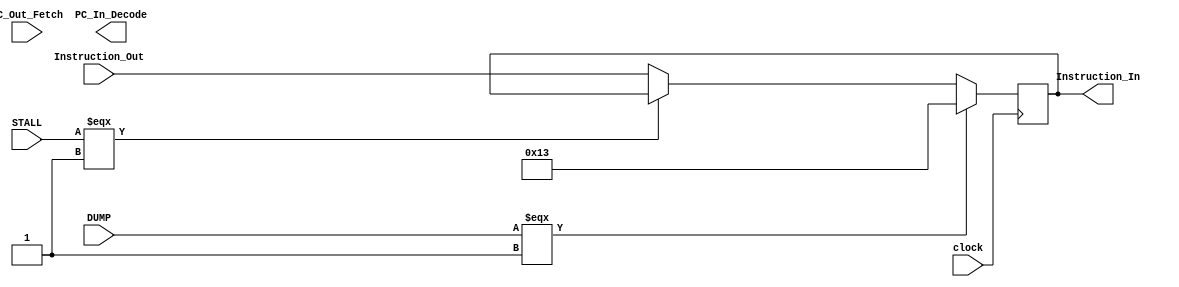
module Fetch_Decode_Moderator(
        input clock,
        input [31:0] Instruction_Out,
        input [15:0] PC_Out_Fetch,
        
        input DUMP,
        input STALL,
        
        output [31:0] Instruction_In, //goes IN to Decode
        output [15:0] PC_In_Decode   // goes In to decode
                
    );
    
reg [31:0] Instruction_Reg_ID;
wire [31:0] Instruction_Out_2;
wire [31:0] Instruction_Out_3;

reg [15:0] PC_Reg_ID; //PC that is used in the decode stage
wire [15:0] PC_OUT_2; //for stall

assign Instruction_Out_2 = (STALL === 1) ? Instruction_In:
                                           Instruction_Out;

assign Instruction_Out_3 = (DUMP === 1) ? 32'h00000013:    //dump data, make instruction "add R0 + 0 to R0;"
                                          Instruction_Out_2;

assign Instruction_In = Instruction_Reg_ID; // assign the output wire to the output of the register

//Stall mux for the PC. If stall, we feed back the output PC from register back into register
//otherwise, get PC from Fetch
assign PC_OUT_2 = (STALL === 1) ? PC_In_Decode:
                                  PC_Out_Fetch; 
                          
assign PC_In_DECODE = PC_Reg_ID;  // assign the output wire to the output of the register

//registers only change at posedge
always @(posedge clock)
begin
    Instruction_Reg_ID = Instruction_Out_3;
    PC_Reg_ID = PC_OUT_2;
end

 
endmodule